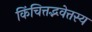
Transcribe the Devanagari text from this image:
किंचित्तद्भवेत्तस्य